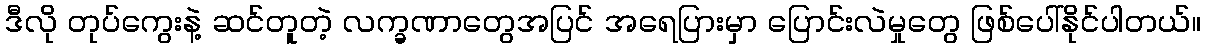
ဒီလို တုပ်ကွေးနဲ့ ဆင်တူတဲ့ လက္ခဏာတွေအပြင် အရေပြားမှာ ပြောင်းလဲမှုတွေ ဖြစ်ပေါ်နိုင်ပါတယ်။